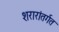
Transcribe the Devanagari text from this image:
शरारांतर्गत